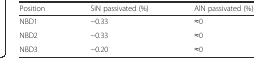
| Position | SiN passivated (%) | AlN passivated (%) |
 | --- | --- | --- |
 | NBD1 | −0.33 | ≈0 |
 | NBD2 | −0.33 | ≈0 |
 | NBD3 | −0.20 | ≈0 |